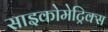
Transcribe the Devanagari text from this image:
साइकोमेट्रिक्स